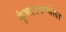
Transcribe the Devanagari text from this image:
कुंभारकन्येला